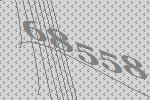
68558